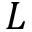
L